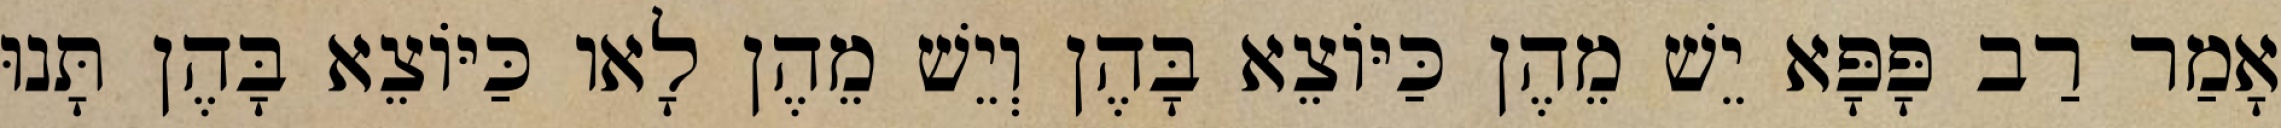
אָמַר רַב פָּפָּא יֵשׁ מֵהֶן כַּיּוֹצֵא בָּהֶן וְיֵשׁ מֵהֶן לָאו כַּיּוֹצֵא בָּהֶן תָּנוּ